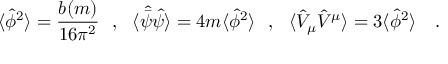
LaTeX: \langle \hat { \phi } ^ { 2 } \rangle = { \frac { b ( m ) } { 1 6 \pi ^ { 2 } } } ~ ~ , ~ ~ \langle \hat { \bar { \psi } } \hat { \psi } \rangle = 4 m \langle \hat { \phi } ^ { 2 } \rangle ~ ~ , ~ ~ \langle \hat { V } _ { \mu } \hat { V } ^ { \mu } \rangle = 3 \langle \hat { \phi } ^ { 2 } \rangle ~ ~ ~ .